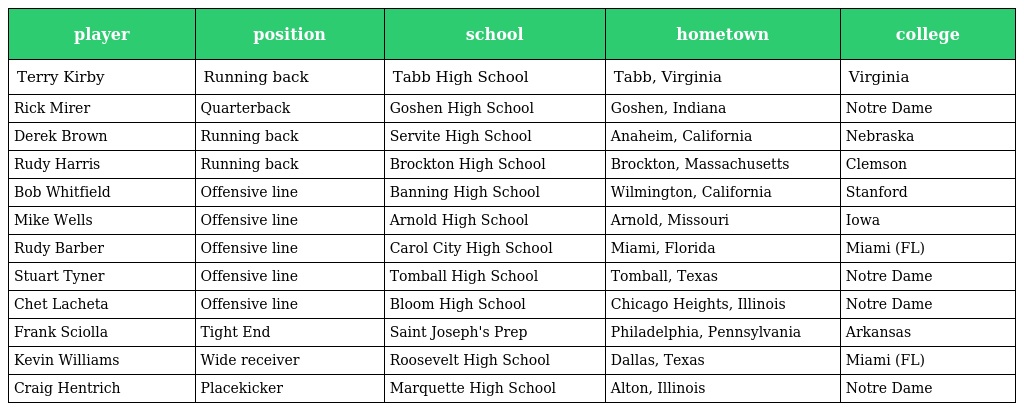
| player | position | school | hometown | college |
 | --- | --- | --- | --- | --- |
 | Terry Kirby | Running back | Tabb High School | Tabb, Virginia | Virginia |
 | Rick Mirer | Quarterback | Goshen High School | Goshen, Indiana | Notre Dame |
 | Derek Brown | Running back | Servite High School | Anaheim, California | Nebraska |
 | Rudy Harris | Running back | Brockton High School | Brockton, Massachusetts | Clemson |
 | Bob Whitfield | Offensive line | Banning High School | Wilmington, California | Stanford |
 | Mike Wells | Offensive line | Arnold High School | Arnold, Missouri | Iowa |
 | Rudy Barber | Offensive line | Carol City High School | Miami, Florida | Miami (FL) |
 | Stuart Tyner | Offensive line | Tomball High School | Tomball, Texas | Notre Dame |
 | Chet Lacheta | Offensive line | Bloom High School | Chicago Heights, Illinois | Notre Dame |
 | Frank Sciolla | Tight End | Saint Joseph's Prep | Philadelphia, Pennsylvania | Arkansas |
 | Kevin Williams | Wide receiver | Roosevelt High School | Dallas, Texas | Miami (FL) |
 | Craig Hentrich | Placekicker | Marquette High School | Alton, Illinois | Notre Dame |